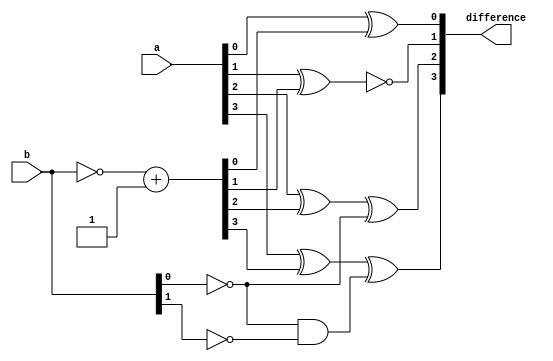
module ripple_subtractor (
    input [3:0] a,
    input [3:0] b,
    output reg [3:0] difference
);

reg [3:0] neg_b;
wire [3:0] carry;
wire [3:0] negate_input;

assign neg_b = ~b + 1;
assign negate_input = {1'b0, neg_b};
assign carry[0] = 1'b1;
assign carry[1] = carry[0] & ~b[0];
assign carry[2] = carry[1] & ~b[1];
assign carry[3] = carry[2] & ~b[2];

always @* begin
    difference[0] = a[0] ^ negate_input[0];
    difference[1] = (a[1] ^ negate_input[1]) ^ carry[0];
    difference[2] = (a[2] ^ negate_input[2]) ^ carry[1];
    difference[3] = (a[3] ^ negate_input[3]) ^ carry[2];
end

endmodule